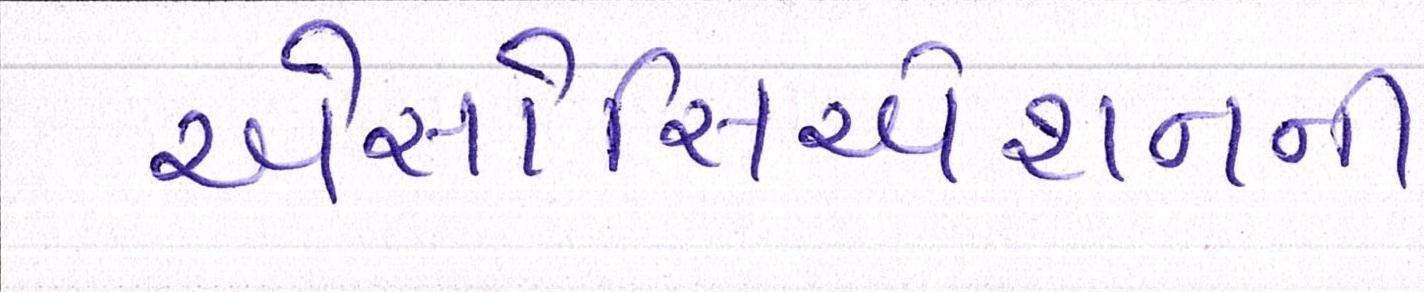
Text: એસોસિએશનની